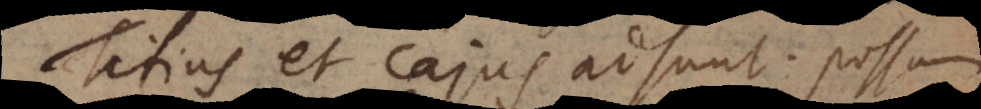
Titius et Cajus adsunt. Possum